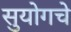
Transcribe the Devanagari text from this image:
सुयोगचे